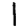
Digit: 1